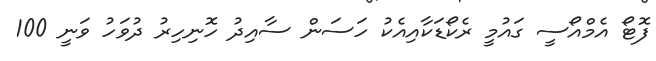
ފޮޓޯ އެމްއޯސީ ގައުމީ ރެކޯޑަކާއިއެކު ހަސަން ސާއިދު ހޮނިހިރު ދުވަހު ވަނީ 100